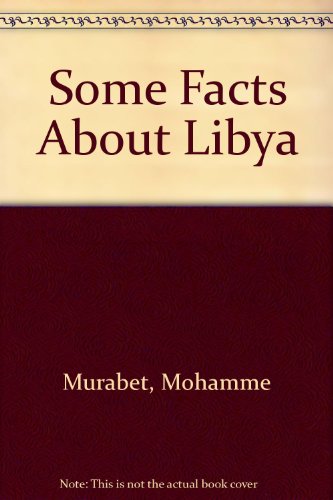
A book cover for Some facts about Libya; Mohammed Murabet; Travel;